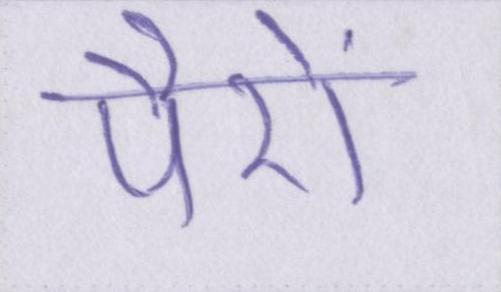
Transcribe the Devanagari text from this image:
पैरों